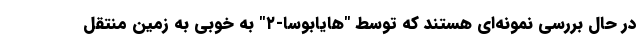
در حال بررسی نمونه‌ای هستند که توسط "هایابوسا-۲" به خوبی به زمین منتقل